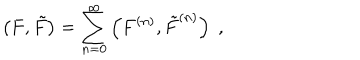
LaTeX: \left( F , { \tilde { F } } \right) = \sum _ { n = 0 } ^ { \infty } \left( F ^ { ( n ) } , { \tilde { F } } ^ { ( n ) } \right) \; ,